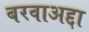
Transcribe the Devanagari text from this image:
बरवाअद्दा